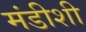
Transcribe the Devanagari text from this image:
मंडीशी